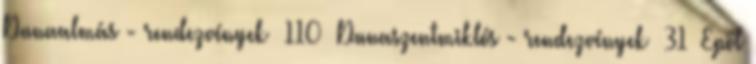
Dunaalmás - rendezvények 110 Dunaszentmiklós - rendezvények 31 Epöl